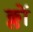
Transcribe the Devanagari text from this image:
क्लों